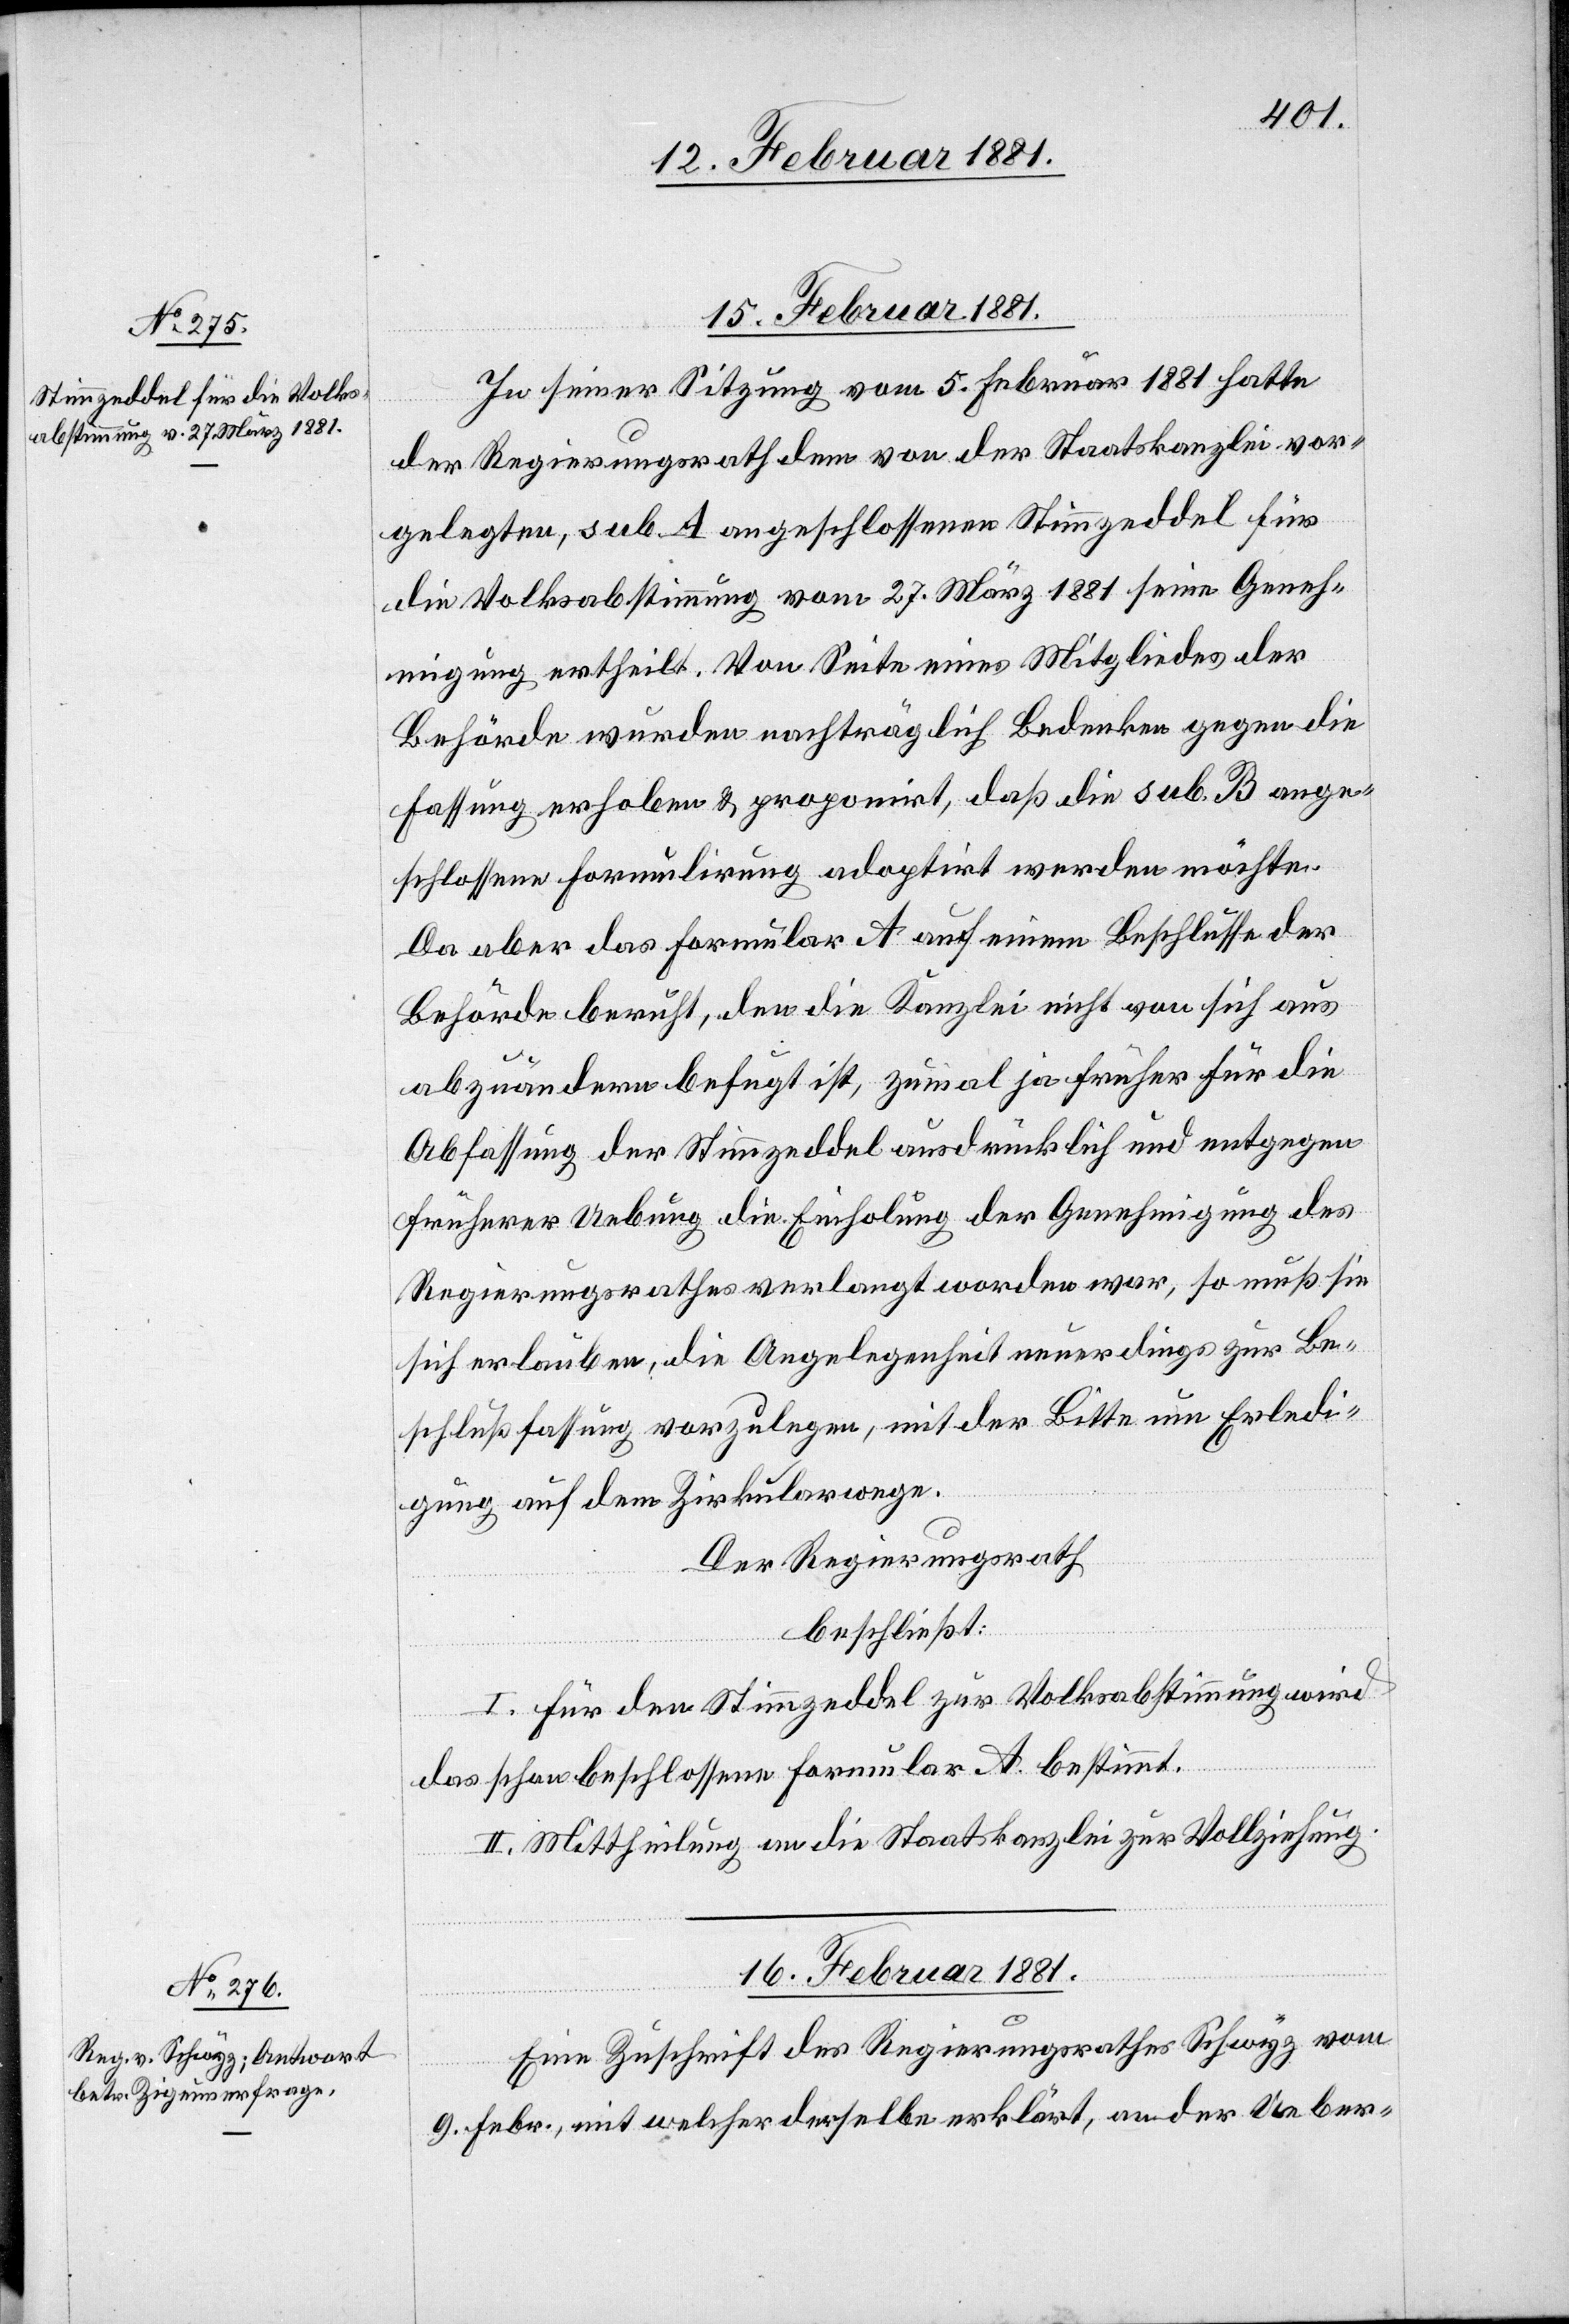
15. Februar 1881.
In seiner Sitzung vom 5. Februar 1881 hatte
der Regierungsrath dem von der Staatskanzlei vor¬
gelegten, sub. A angeschlossenen Stimmzeddel für
die Volksabstimmung vom 27. März 1881 seine Geneh¬
migung ertheilt. Von Seite eines Mitgliedes der
Behörde wurden nachträglich Bedenken gegen die
Fassung erhoben & proponirt, daß die sub. B ange¬
schlossene Formulirung adoptirt werden möchte.
Da aber das Formular A auf einem Beschlusse der
Behörde beruht, den die Kanzlei nicht von sich aus
abzuändern befugt ist, zumal ja früher für die
Abfassung der Stimmzeddel ausdrücklich und entgegen
früherer Uebung die Einholung der Genehmigung des
Regierungsrathes verlangt worden war, so muß sie
sich erlauben, die Angelegenheit neuerdings zur Be¬
schlußfassung vorzulegen, mit der Bitte um Erledi¬
gung auf dem Zirkularwege.
Der Regierungsrath
beschließt:
I. Für den Stimmzeddel zur Volksabstimmung wird
das schon beschlossene Formular A. bestimmt.
II. Mittheilung an die Staatskanzlei zur Vollziehung.
16. Februar 1881.
Eine Zuschrift des Regierungsrathes Schwyz vom
9. Febr., mit welcher derselbe erklärt, an der Ueber-